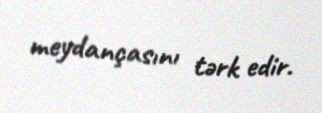
meydançasını tərk edir.